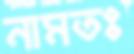
নামতঃ